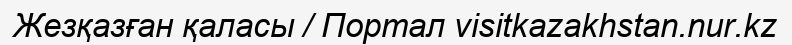
Жезқазған қаласы / Портал visitkazakhstan.nur.kz